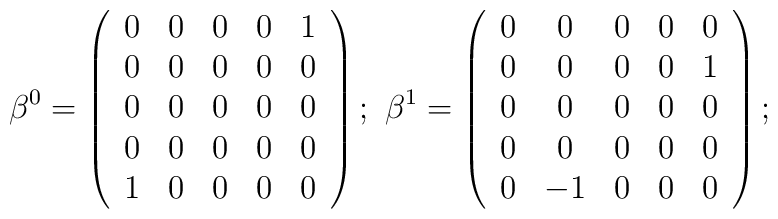
\beta ^{0}=\left( \begin{array}{ccccc}0 & 0 & 0 & 0 & 1 \\ 0 & 0 & 0 & 0 & 0 \\ 0 & 0 & 0 & 0 & 0 \\ 0 & 0 & 0 & 0 & 0 \\ 1 & 0 & 0 & 0 & 0\end{array}\right) ;\ \beta ^{1}=\left( \begin{array}{ccccc}0 & 0 & 0 & 0 & 0 \\ 0 & 0 & 0 & 0 & 1 \\ 0 & 0 & 0 & 0 & 0 \\ 0 & 0 & 0 & 0 & 0 \\ 0 & -1 & 0 & 0 & 0\end{array}\right) ;